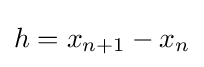
h=x_{n+1}-x_{n}